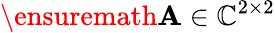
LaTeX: \ensuremath{\mathbf{A}}\in\mathbb{C}^{2\times 2}